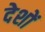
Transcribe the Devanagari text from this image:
देशों